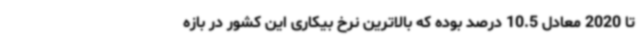
تا 2020 معادل 10.5 درصد بوده که بالاترین نرخ بیکاری این کشور در بازه